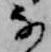
な